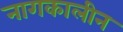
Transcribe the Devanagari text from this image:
नागकालीन